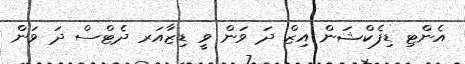
އެންޓި ޑިފެކްޝަން އިޒް ދަ ވަން ވީ ޑިޒާއަރ ދެޓްސް ދަ ވަން